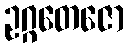
ဥဂ္ဂတေဇော